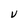
Character: V